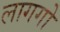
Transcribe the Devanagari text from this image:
लागगो